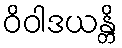
ဝိဝါဒယန္တိ